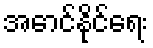
အောင်နိုင်ရေး